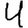
Digit: 4